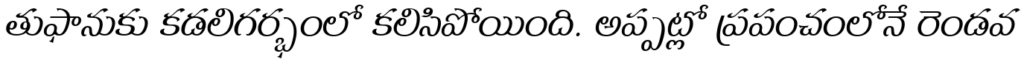
తుఫానుకు కడలిగర్భంలో కలిసిపోయింది. అప్పట్లో ప్రపంచంలోనే రెండవ